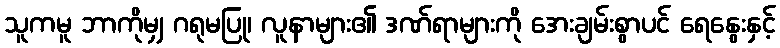
သူကမူ ဘာကိုမျှ ဂရုမပြု၊ လူနာများ၏ ဒဏ်ရာများကို အေးချမ်းစွာပင် ရေနွေးနှင့်